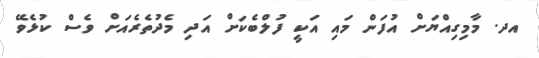
އދ. މާމިގިއްޔަށް އުފަން މައި އަކީ ފުލްބެކަށް އަދި މެދުތެރެއަށް ވެސް ކުޅެވޭ